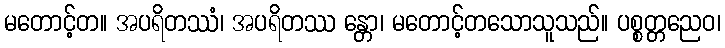
မတောင့်တ။ အပရိတဿံ၊ အပရိတဿ န္တော၊ မတောင့်တသောသူသည်။ ပစ္စတ္တညေဝ၊